system: You are a helpful assistant.
user:
Analyze the provided spectrum to determine if it is a **"Cataclysmic Variables (CV)"**.

- **Key Indicators for CV (Check for either state):**
    - **State 1: Quiescent / Low-State (Emission-Dominated)**
        - **(Primary):** Strong and *very broad* Hydrogen Balmer emission lines (e.g., $H\alpha$ at 6563 Å, $H\beta$ at 4861 Å). The 'broadness' (high velocity dispersion, often FWHM > 1000 km/s) is the key diagnostic, indicating a high-velocity accretion disk.
        - **(Secondary):** Broad neutral Helium (He I) emission lines (e.g., 5876 Å, 6678 Å).
        - **(Key Confirmation):** Presence of high-excitation *ionized* Helium (He II) emission at 4686 Å. This is a strong indicator of accretion onto a white dwarf.
        - **(Line Profile):** Emission lines may exhibit a 'double-peaked' profile, which is a classic signature of a rotating accretion disk viewed at high inclination.

    - **State 2: Outburst / High-State (Absorption-Dominated)**
        - **(Primary):** Spectrum is dominated by a bright, blue continuum (looks like a hot star).
        - **(Secondary):** The emission lines from State 1 are weak, absent, or 'filled in', and are replaced by broad, shallow *absorption* lines (primarily Balmer and He I).
        - **(Morphology):** The overall spectrum mimics a hot B/A-type star. The crucial difference is that the absorption lines are significantly broader, shallower, and more 'washed-out' (or 'smeared') than the sharp lines of a normal stellar photosphere, due to high rotational speeds and pressure broadening in the disk.

Think first, call **spectral_visualization_tool** if needed to examine features in detail, then provide your final answer. Your response must adhere to the following strict rules:
1.  **Overall Structure:** Your response must follow the format `<think>...</think> <tool_call>...</tool_call> (if a tool is used) <answer>...</answer>`.
2.  **Tool Usage Constraint:** You may only make **one** tool call per turn.
3.  **Final Answer Format:** In the `<answer>` tag, your conclusion must be inside a `\boxed{}` command (e.g., `\boxed{YES}`), followed by your justification.

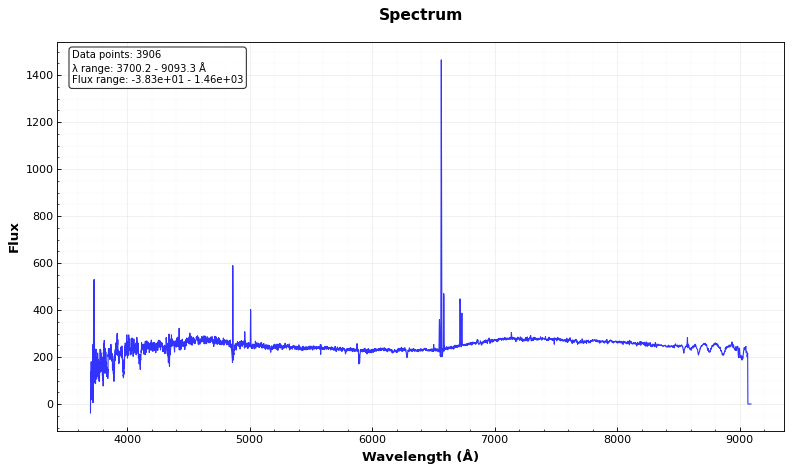
Answer: NO